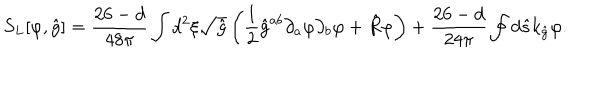
{ S _ { L } } [ \varphi , \hat { g } ] = { \frac { 2 6 - d } { 4 8 \pi } } \int { d ^ { 2 } } \xi \sqrt { \hat { g } } \left( { \frac { 1 } { 2 } } { \hat { g } ^ { a b } } { \partial _ { a } } \varphi { \partial _ { b } } \varphi + \hat { R } \varphi \right) + { \frac { 2 6 - d } { 2 4 \pi } } \oint { d } \hat { s } { k _ { \hat { g } } } \varphi .